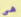
هي